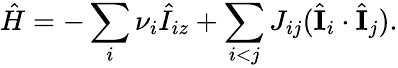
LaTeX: \hat{H}=-\sum_{i}\nu_{i}\hat{I}_{iz}+\sum_{\substack{i<j}}J_{ij}(\hat{\mathbf{I}}_{i}\cdot\hat{\mathbf{I}}_{j}).